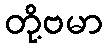
တို့ဗမာ